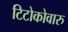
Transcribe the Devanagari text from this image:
टिटोकोवारु